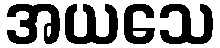
အယသေ